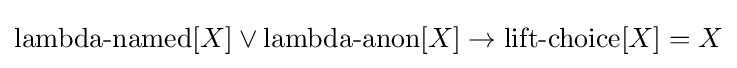
\operatorname {lambda-named} [X]\lor \operatorname {lambda-anon} [X]\to \operatorname {lift-choice} [X]=X